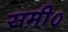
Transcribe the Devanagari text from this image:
समी०